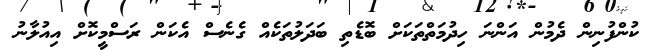
ކުންފުނިން ދެމުން އަންނަ ހިދުމަތްތަކަށް ބޮޑެތި ބަދަލުތަކެއް ގެނެސް އެކަން ރަސްމީކޮށް އިއުލާނު